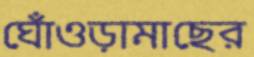
ঘোঁওড়ামাছের